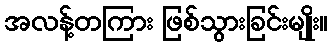
အလန့်တကြား ဖြစ်သွားခြင်းမျိုး။